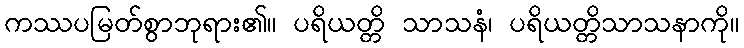
ကဿပမြတ်စွာဘုရား၏။ ပရိယတ္တိ သာသနံ၊ ပရိယတ္တိသာသနာကို။